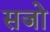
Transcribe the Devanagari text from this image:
सजो